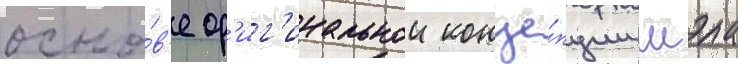
осно́в'е ор'иг'инальнои конце́пции мэла